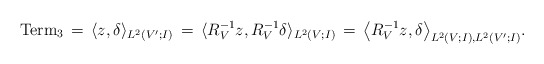
\begin{align*} {\rm Term}_3 \,=\, \langle z, \delta\rangle_{L^2(V';I)} \,=\, \langle R_V^{-1} z, R_V^{-1} \delta\rangle_{L^2(V;I)} \,=\, \big\langle R_V^{-1} z,\delta \big\rangle_{L^2(V;I),L^2(V';I)}.\end{align*}